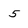
Character: 5